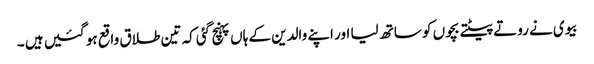
بیوی نے روتے پیٹتے بچوں کو ساتھ لیا اور اپنے والدین کے ہاں پہنچ گئی کہ تین طلاق واقع ہو گئیں ہیں ۔